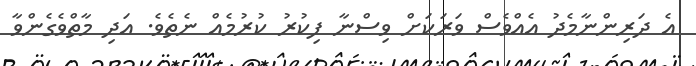
އެ ދަރިންނާމެދު އެއްވެސް ވަރަކަށް ވިސްނާ ފިކުރު ކުރުމެއް ނެތެވެ. އަދި މާތްވެގެންވާ